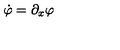
\dot { \varphi } = \partial _ { x } \varphi